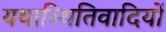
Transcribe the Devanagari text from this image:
यथास्थितिवादियों